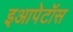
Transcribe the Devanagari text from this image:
इआपेटॉस